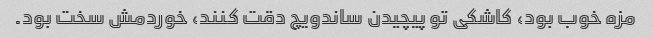
مزه خوب بود، کاشکی تو پیچیدن ساندویچ دقت کنند، خوردمش سخت بود.